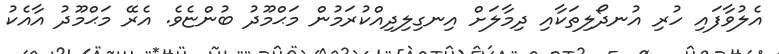
އެލުވާފައި ހުރި އުނދޯލިތަކާއި ދިމާލަށް އިނގިލިދިއްކުރަމުން މަޙްމޫދު ބުންޏެވެ. އެރޭ މަޙްމޫދު އާއެކު